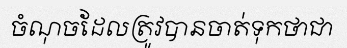
ចំណុចដែលត្រូវបានចាត់ទុកថាជា